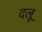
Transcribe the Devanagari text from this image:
दलू